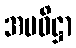
အပဝိဋ္ဌာ